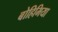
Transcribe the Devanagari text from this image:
बोहिमिया